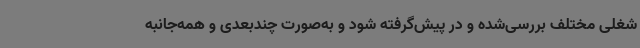
شغلی مختلف بررسی‌شده و در پیش‌گرفته شود و به‌صورت چندبعدی و همه‌جانبه